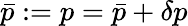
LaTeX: \bar{p}:=p=\bar{p}+\delta p